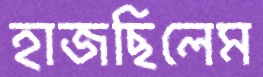
হাজছিলেম